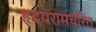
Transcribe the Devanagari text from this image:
हृदयरामचरित